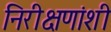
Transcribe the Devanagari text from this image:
निरीक्षणांशी